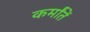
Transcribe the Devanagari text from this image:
कर्मांतें